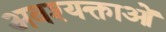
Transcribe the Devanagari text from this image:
अवश्यक्ताओं